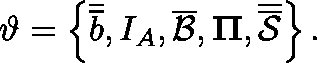
\vartheta = \left\{ \overline { { \overline { { b } } } } , I _ { A } , \overline { { \mathcal { B } } } , \mathbf { \Pi } , \overline { { \overline { { \mathcal { S } } } } } \right\} .